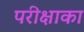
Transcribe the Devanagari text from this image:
परीक्षाका